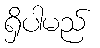
ရှိပါမည်